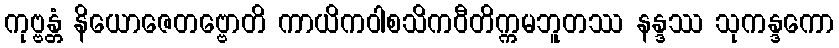
ကုဗ္ဗန္တံ နိယောဇေတဗ္ဗောတိ ကာယိကဝါစသိကဝီတိက္ကမဘူတဿ နန္ဒဿ သုကန္ဒကော